Annual report on the working of the lock hospitals in the North-Western Provinces and Oudh
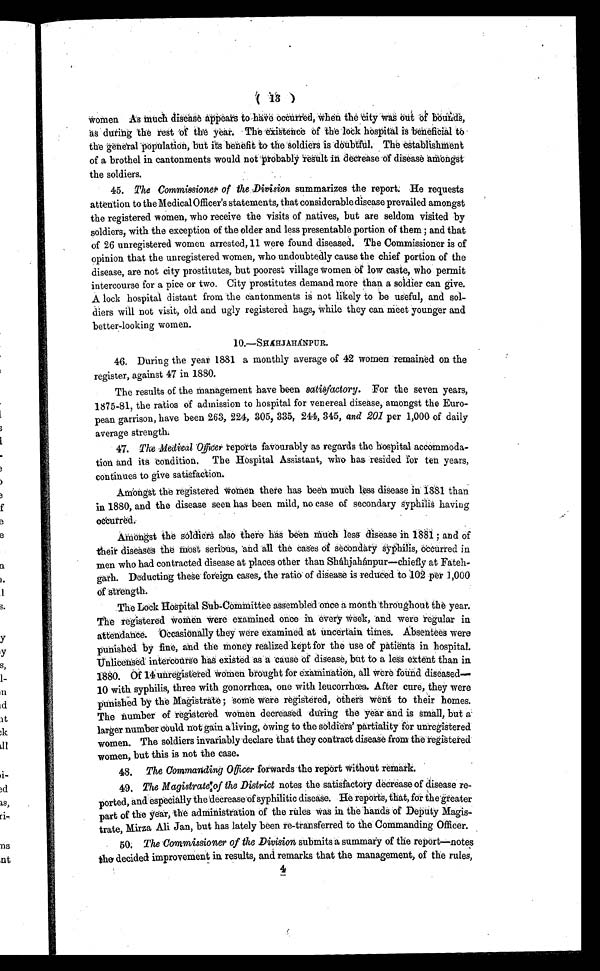
(
13
)
women As much disease appears to have occurred, when the city was out of bounds,
as during the rest of the
year . The exi s t ence of t he l ock hos pi t al i s benef i ci al t o
the general population, but its benefit to the soldiers is doubtful. The establishment
of a brothel in cantonments would not probably result in decrease of disease amongst
the soldiers.
45. The Commissioner of the Division summarizes the report. He requests
attention to the Medical Officer's statements, that considerable disease prevailed amongst
the registered women, who receive the visits of natives, but are seldom visited by
soldiers, with the exception of the older and less presentable portion of them ; and that
of 26 unregistered women arrested, 11 were found diseased. The Commissioner is of
opinion that the unregistered women, who undoubtedly cause the chief portion of the
disease, are not city prostitutes, but poorest village women of low caste, who permit
intercourse for a pice or two. City prostitutes demand more than a soldier can give.
A lock hospital distant from the cantonments is not likely to be useful, and sol-
diers will not visit, old and ugly registered hags, while they can meet younger and
better-looking women.
10.—SHÁHJAHÁNPUR.
46. During the year 1881 a monthly average of 42 women remained on the
register, against 47 in 1880.
The results of the management have been satisfactory. For the seven years,
1875-81, the ratios of admission to hospital for venereal disease, amongst the Euro-
pean garrison, have been 263, 224, 305, 335, 244, 345, and 201 per 1,000 of daily
average strength.
47. The Medical Officerreports favourably as regards the hospital accommoda-
tion and its condition. The Hospital Assistant, who has resided for ten years,
continues to give satisfaction.
Amongst the registered women there has been much less disease in 1881 than
in 1880, and the disease seen has been mild, no case of secondary syphilis having
occurred.
Amongst the soldiers also there has been much less disease in 1881 ; and of
their diseases the most serious, and all the cases of secondary syphilis, occurred in
men who had contracted disease at places other than Sháhjahánpur—chiefly at Fateh-
garh. Deducting these foreign cases, the ratio of disease is reduced to 102 per 1,000
of strength.
The Lock Hospital Sub-Committee assembled once a month throughout the year.
The registered women were examined once in every week, and were regular in
attendance. Occasionally they were examined at uncertain times. Absentees were
punished by fine, and the money realized kept for the use of patients in hospital.
Unlicensed intercourse has existed as a cause of disease, but to a less extent than in
1880. Of 14 unregistered women brought for examination, all were found diseased—
10 with syphilis, three with gonorrhœa, one with leucorrhœa. After cure, they were
punished by the Magistrate ; some were registered, others went to their homes.
The number of registered women decreased during the year and is small, but a
l arger number coul d not gai n al i vi ng, owi ng to the sol di ers' parti al i ty for unregi stered
women. The soldiers invariably declare that they contract disease from the registered
women, but this is not the case.
48. The Commanding Officer forwards the report without remark.
49. The Magistrate of the District notes the satisfactory decrease of disease re-
ported, and especially the decrease of syphilitic disease. He reports, that, for the greater
part of the year, the administration of the rules was in the hands of Deputy Magis-
trate, Mirza Ali Jan, but has lately been re-transferred to the Commanding Officer.
50. The Commissioner of the Division submits a summary of the report—notes
the decided improvement in results, and remarks that the management, of the rules,
4